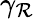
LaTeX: \gamma_{\mathcal{R}}